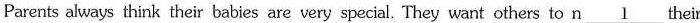
Parents always think their babies are very special. They want others to n \underline{1} their